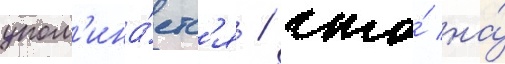
упом'ина́етс'я / что́ на́